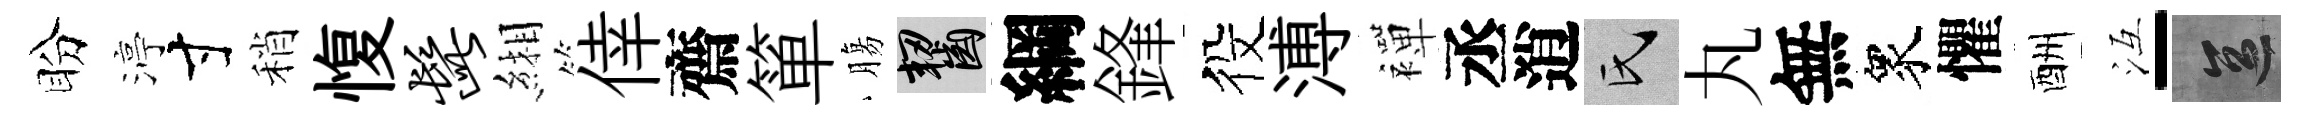
盼渟寸稍愎髭緗倖齋箪膓齧綱鋒役溥襌丞逍氏丸無衆懼酬冱-區